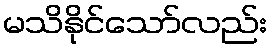
မသိနိုင်သော်လည်း